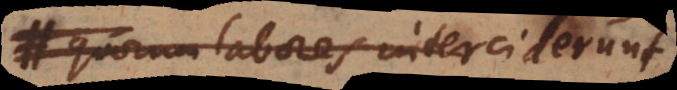
quorum labores interciderunt,